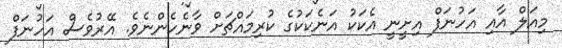
މިއަލް އާއި އަހުނަފް އިށީނީ އެކަކު އަނެކަކުގެ ކުރިމައްޗަށް ވާނެހެންނެވެ. އޭރުވެސް އަހުނަފް